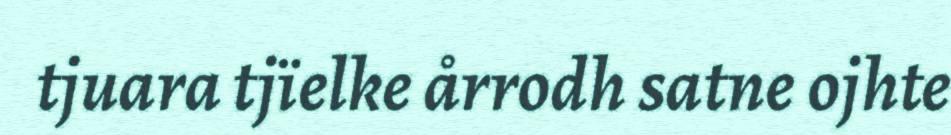
tjuara tjïelke årrodh satne ojhte